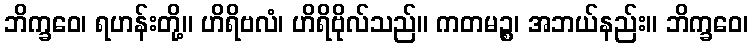
ဘိက္ခဝေ၊ ရဟန်းတို့။ ဟိရိဗလံ၊ ဟိရိဗိုလ်သည်။ ကတမဉ္စ၊ အဘယ်နည်း။ ဘိက္ခဝေ၊